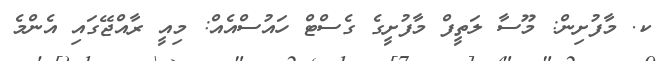
ކ. މާފުށިން: މޫސާ ލަތީފް މާފުށީގެ ގެސްޓް ހައުސްއެއް: މިއީ ރާއްޖޭގައި އެންމެ